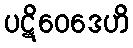
ပဋိဝေဒေဟိ